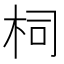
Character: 柌